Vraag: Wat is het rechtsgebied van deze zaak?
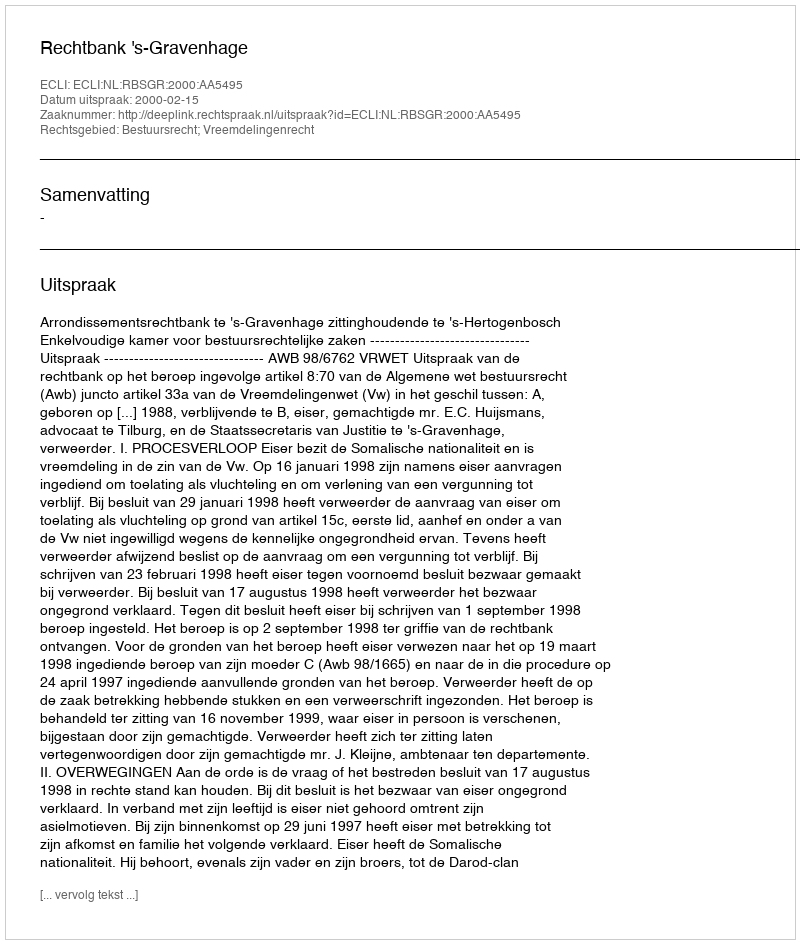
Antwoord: Bestuursrecht; Vreemdelingenrecht